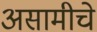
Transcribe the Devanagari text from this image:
असामीचे